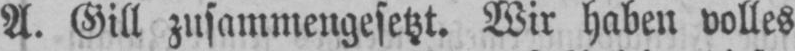
A. Gill zusammengesetzt. Wir haben volles